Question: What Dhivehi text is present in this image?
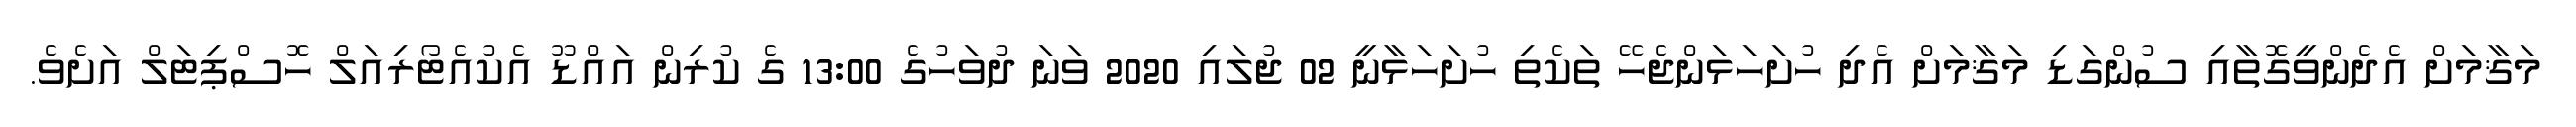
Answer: މަޤާމަށް އެދެންވީގޮތާއި ސުންގަޑި މަޤާމަށް އެދި ހުށަހަޅަންޖެހޭ ތަކެތި ހުށަހަޅާނީ 02 ޖުލައި 2020 ވަނަ ދުވަހުގެ 13:00 ގެ ކުރިން އައްޑޫ އެކުއެޓޯރިއަލް ހޮސްޕިޓަލް އަށެވެ.